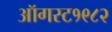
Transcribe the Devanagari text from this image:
ऑगस्ट१९८२